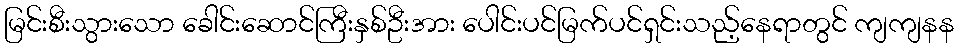
မြင်းစီးသွားသော ခေါင်းဆောင်ကြီးနှစ်ဦးအား ပေါင်းပင်မြက်ပင်ရှင်းသည့်နေရာတွင် ကျကျနန